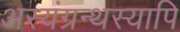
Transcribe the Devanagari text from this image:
अस्यंग्रन्थस्यापि